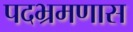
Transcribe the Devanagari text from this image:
पदभ्रमणास